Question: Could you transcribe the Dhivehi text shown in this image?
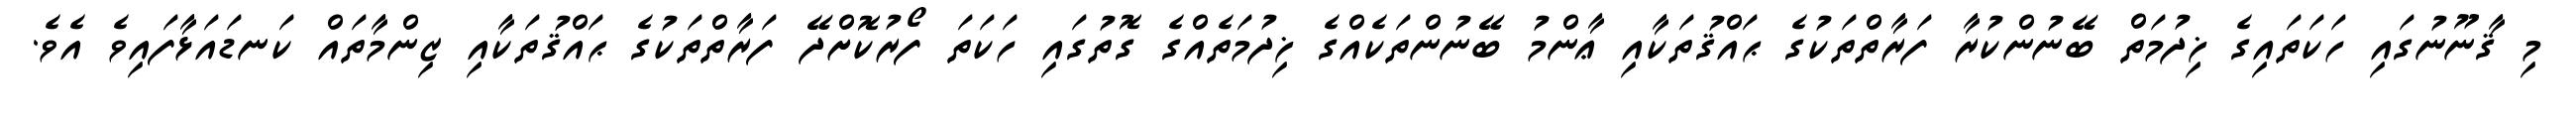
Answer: މި ޤާނޫނުގައި ހަކަތައިގެ ޚިދުމަތް ބޭނުންކުރާ ފަރާތްތަކުގެ ޙައްޤުތަކާއި ޢާންމު ބޭނުންތަކެއްގެ ޚިދުމަތެއްގެ ގޮތުގައި ހަކަތަ ފޯރުކޮށްދޭ ފަރާތްތަކުގެ ޙައްޤުތަކާއި ޒިންމާތައް ކަނޑައަޅާފައިވެ އެވެ.